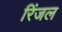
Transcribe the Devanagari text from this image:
रिंजल